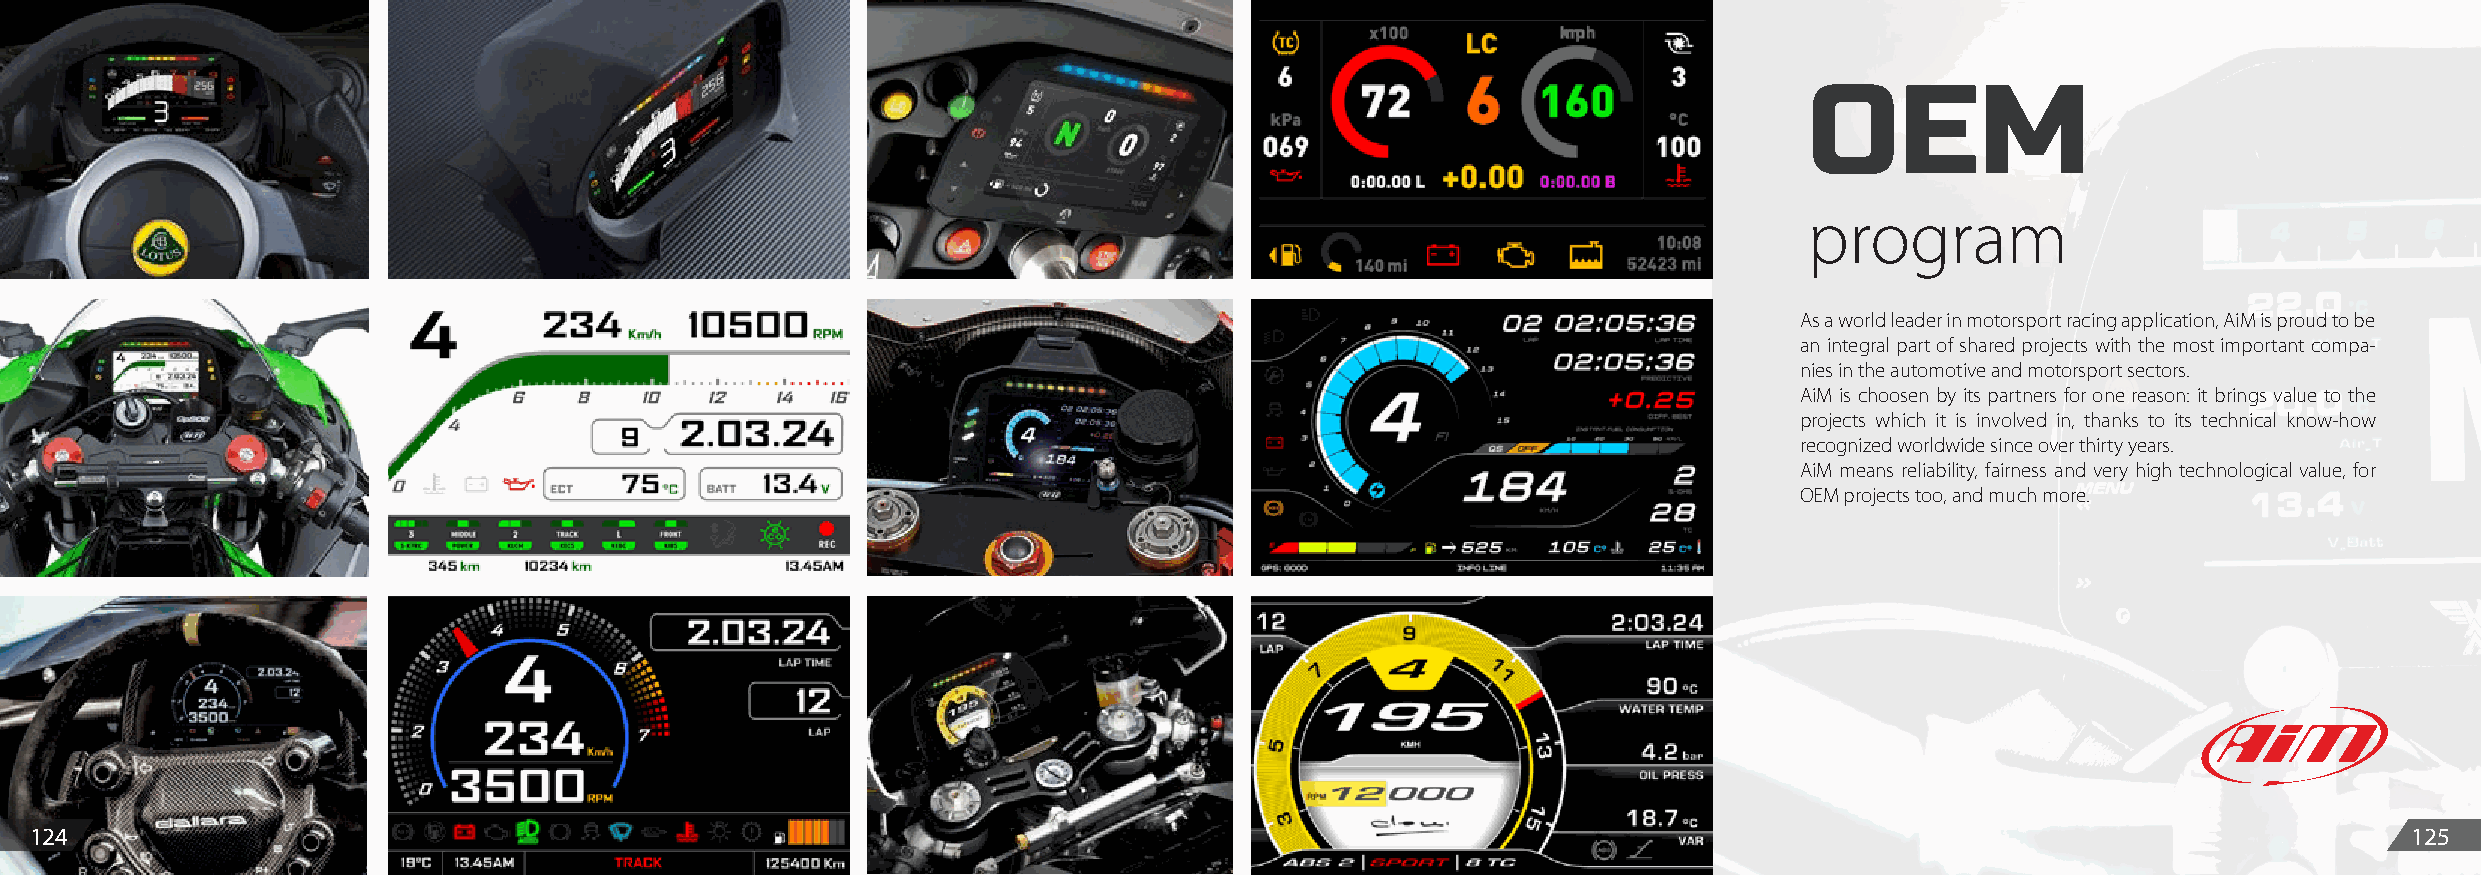
OEM
 program
 As a world leader in motorsport racing application, AiM is proud to be
 an integral part of shared projects with the most important compa-
 nies in the automotive and motorsport sectors.
 AiM is choosen by its partners for one reason: it brings value to the
 projects which it is involved in, thanks to its technical know-how
 recognized worldwide since over thirty years.
 AiM means reliability, fairness and very high technological value, for
 OEM projects too, and much more.
 124                                                                                                                                                           125